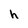
Character: h